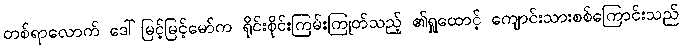
တစ်ရာလောက် ဒေါ်မြင့်မြင့်မော်က ရိုင်းစိုင်းကြမ်းကြုတ်သည့် ၏ရှုထောင့် ကျောင်းသားစစ်ကြောင်းသည်